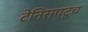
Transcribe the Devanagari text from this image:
टेनिसपटूच